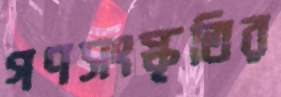
গণসংস্কৃতির